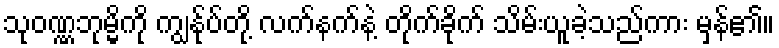
သုဝဏ္ဏဘုမ္မိကို ကျွန်ုပ်တို့ လက်နက်နဲ့ တိုက်ခိုက် သိမ်းယူခဲ့သည်ကား မှန်၏။